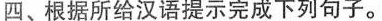
四、根据所给汉语提示完成下列句子。